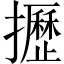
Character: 攊